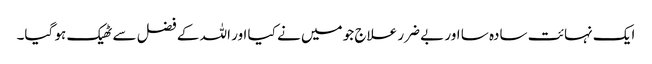
ایک نہائت سادہ سا اور بے ضرر علاج جو میں نے کیا اور اللہ کے فضل سے ٹھیک ہو گیا۔